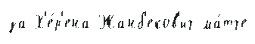
за Х'е́р'ена Жанб'еков'ич ма́тче